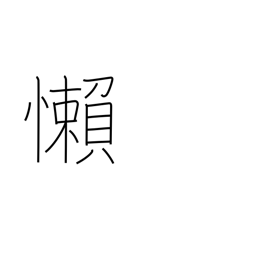
Meaning: be negligent